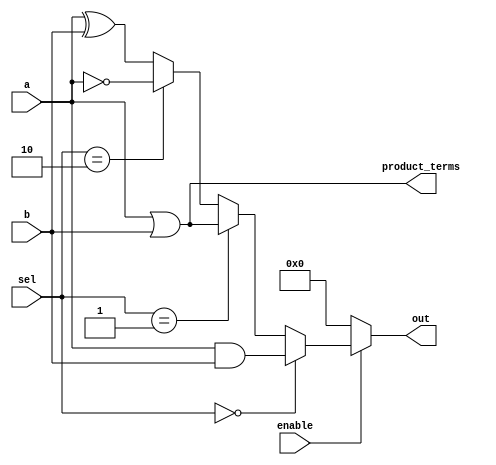
module combinational_logic_block (
    input  wire [3:0] a,        // 4-bit input bus
    input  wire [3:0] b,        // 4-bit input bus
    input  wire [1:0] sel,      // Select signal for multiplexer
    input  wire enable,          // Control signal to enable/disable logic
    output wire [3:0] out,      // 4-bit output bus
    output wire [3:0] product_terms // Product terms output
);

// Internal signals for product terms
wire [3:0] and_terms;
wire [3:0] or_terms;
wire [3:0] not_terms;
wire [3:0] xor_terms;

// Logic functions
assign and_terms = a & b;          // AND operation
assign or_terms  = a | b;          // OR operation
assign not_terms = ~a;             // NOT operation
assign xor_terms = a ^ b;          // XOR operation

// Combine product terms
assign product_terms = {and_terms, or_terms}; // Example of combining terms

// Multiplexer for output selection based on 'sel' signal
assign out = (enable) ? 
             (sel == 2'b00 ? and_terms :
              sel == 2'b01 ? or_terms :
              sel == 2'b10 ? not_terms :
              xor_terms) : 4'b0000; // Output 0 when disabled

endmodule